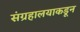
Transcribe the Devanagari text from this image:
संग्रहालयाकडून